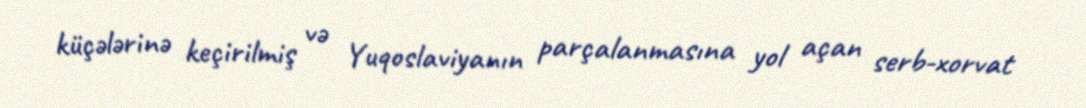
küçələrinə keçirilmiş və Yuqoslaviyanın parçalanmasına yol açan serb-xorvat